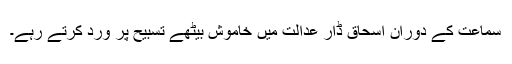
سماعت کے دوران اسحاق ڈار عدالت میں خاموش بیٹھے تسبیح پر ورد کرتے رہے۔